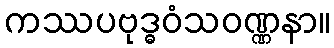
ကဿပဗုဒ္ဓဝံသဝဏ္ဏနာ။